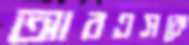
আরএসকে